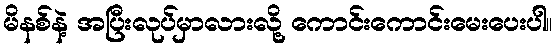
မိနစ်နဲ့ အပြီးလုပ်မှာလားလို့ ကောင်းကောင်းမေးပေးပါ။